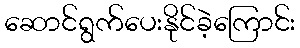
ဆောင်ရွက်ပေးနိုင်ခဲ့ကြောင်း